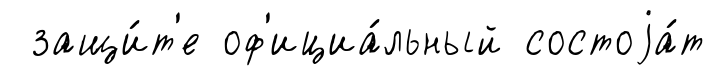
защи́т'е оф'ициа́льный состоjа́т